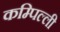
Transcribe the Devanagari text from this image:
कम्पिल्ली